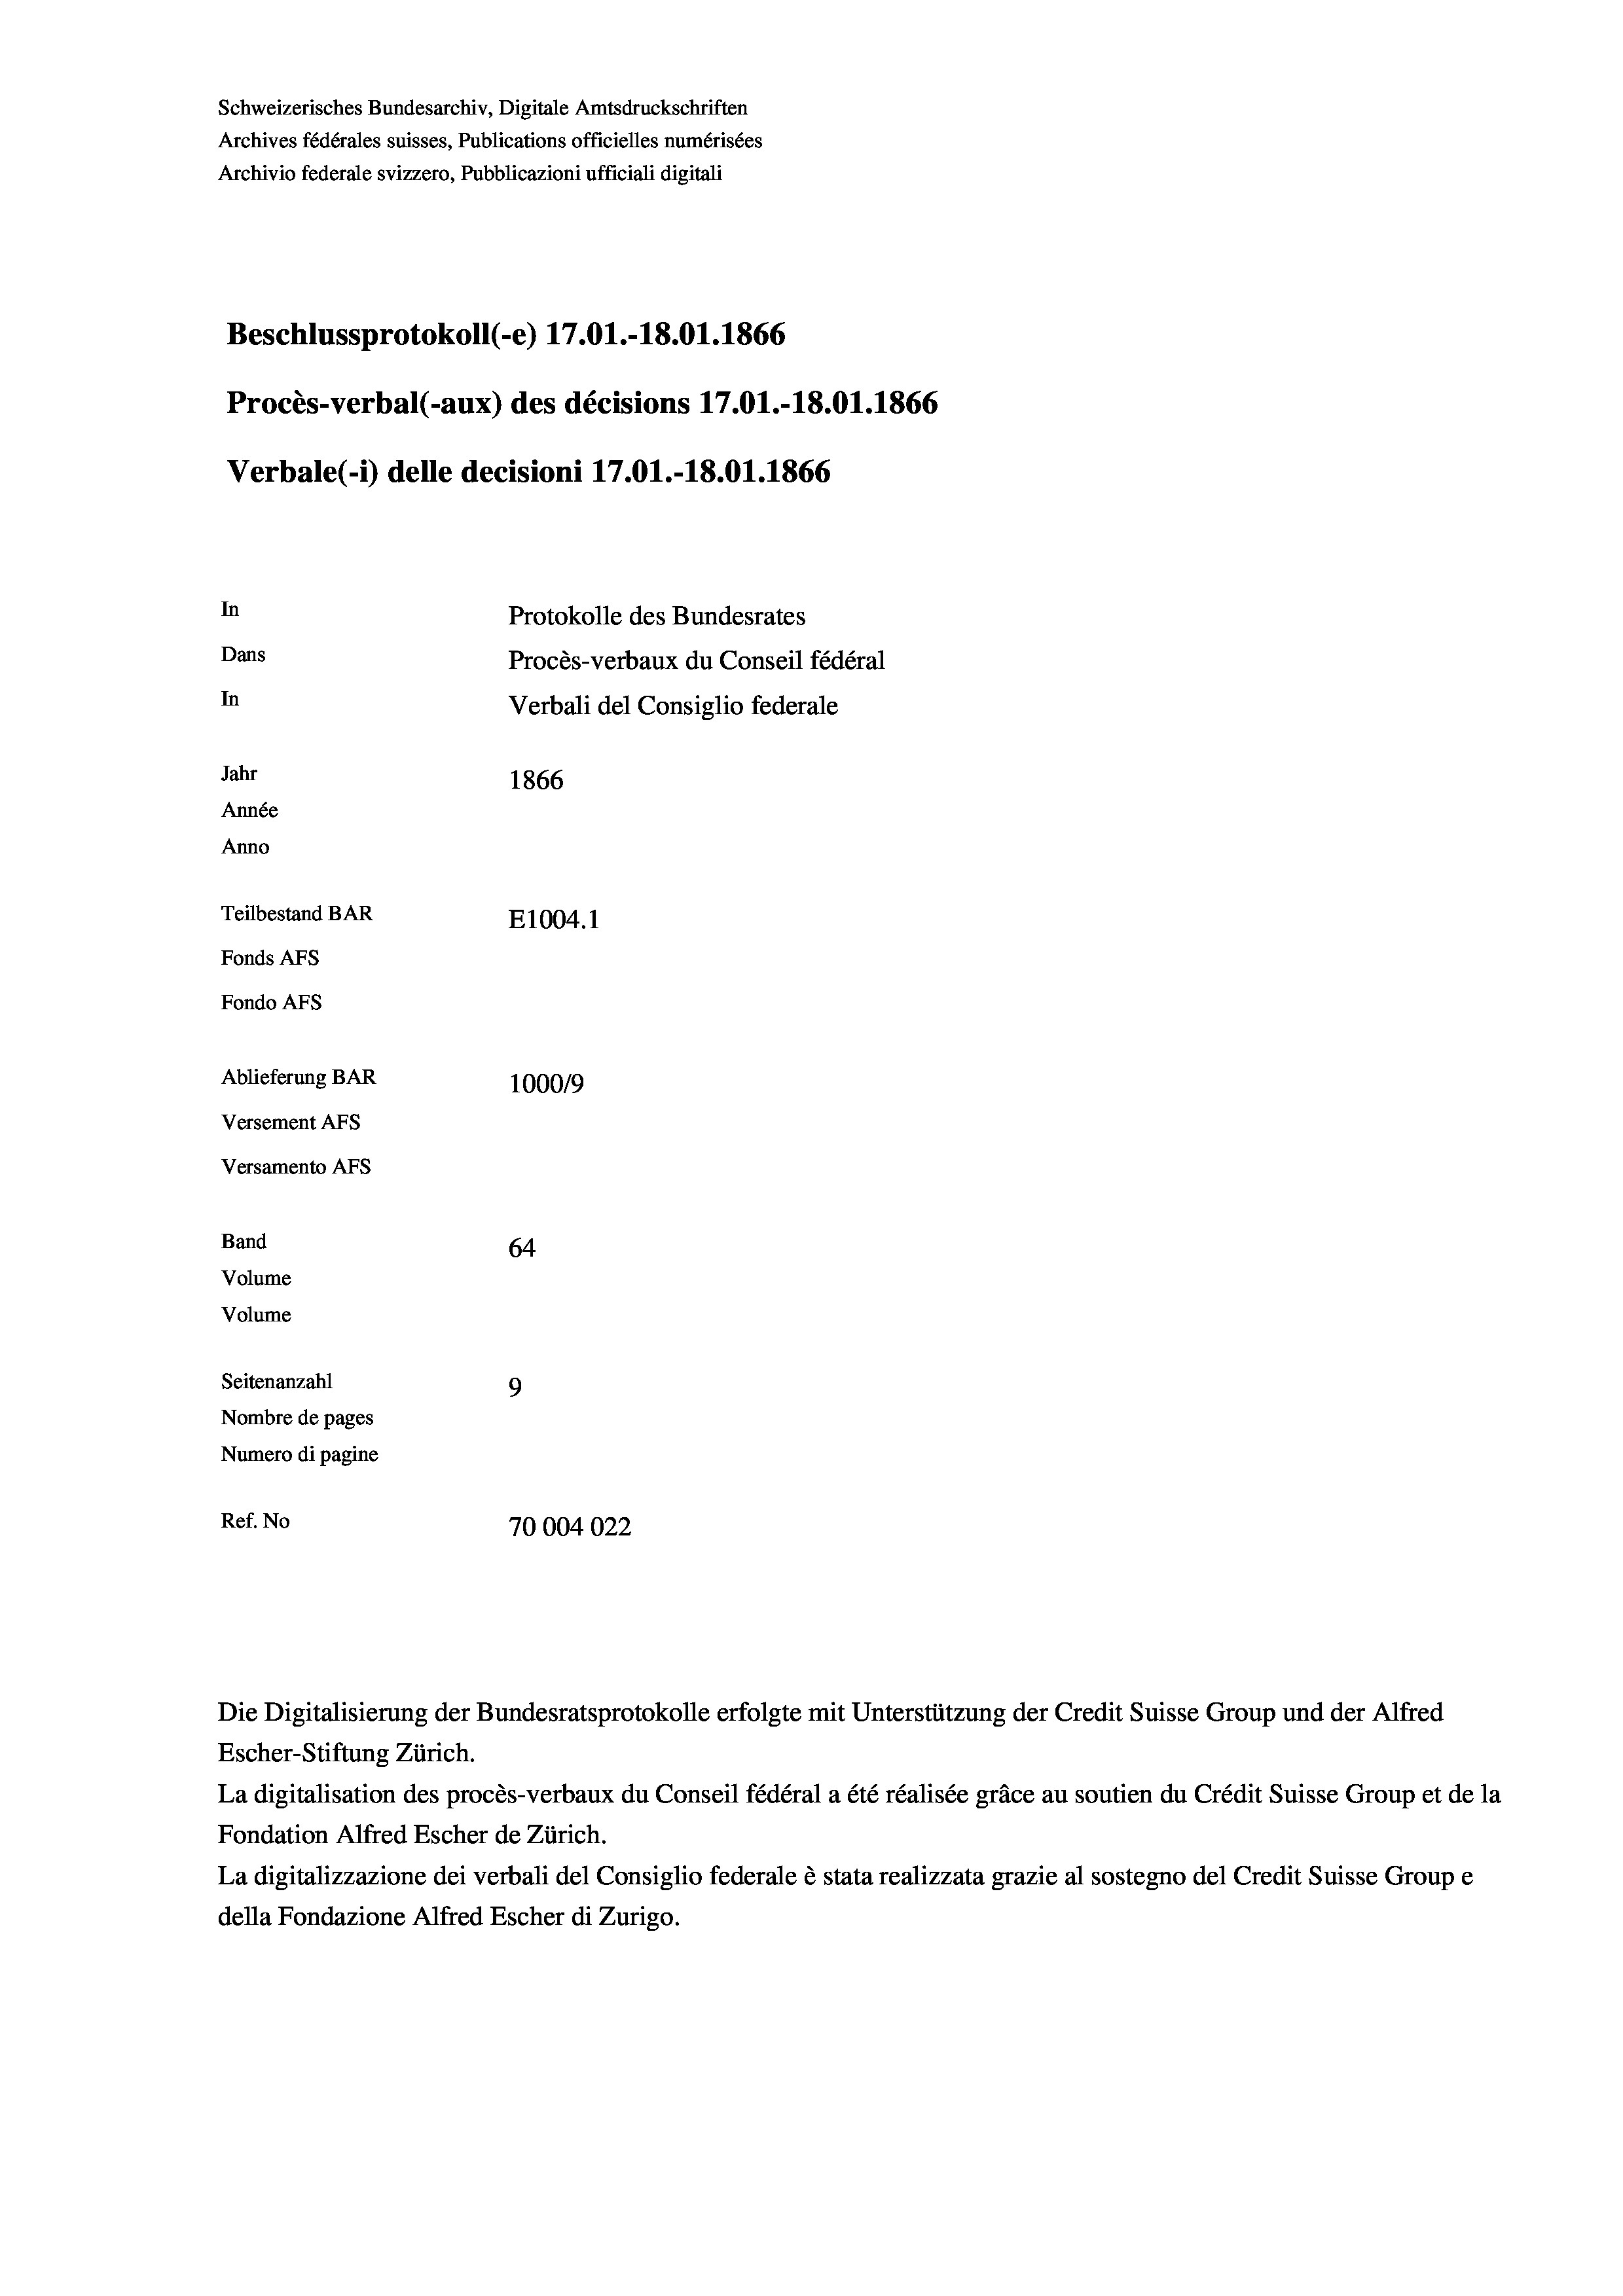
Schweizerisches Bundesarchiv, Digitale Amtsdruckschriften
Archives fédérales suisses, Publications officielles numérisées
Archivio federale svizzero, Pubblicazioni ufficiali digitali
Beschlussprotokoll (-e) 17.01.-18.01. 1866
Procès-verbal (-aux) des décisions 17.01.-18.01. 1866
Verbale (i) delle decisioni 17.01.-18.01. 1866
In
Protokolle des Bundesrates
Dans
Procès-verbaux du Conseil fédéral
In
Verbali del Consiglio federale
Jahr
1866
Année
Anno
Teilbestand BAR
E1004. 1
Fonds AFs
Fondo Afs
Ablieferung BAR
100019
Versement AFs
Versamento Afs
Band
64
Volume
Volume

Seitenanzahl
9
Nombre de pages
Numero di pagine
Ref. No
10004022

Escher-Stiftung Zürich.
La digitalisation des procès-verbaux du Conseil fédéral a été réalisée gräce au soutien du Crédit Suisse Group et de la
Fondation Alfred Escher de Zürich.
La digitalizzazione dei verbali del Consiglio federale è stata realizzata grazie al sostegno del Credit Suisse Groupe
della Fondazione Alfred Escher di Zurigo.

Die Digitalisierung der Bundesratsprotokolle erfolgte mit Unterstützung der Credit Suisse Group und der Alfred